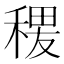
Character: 𱶖